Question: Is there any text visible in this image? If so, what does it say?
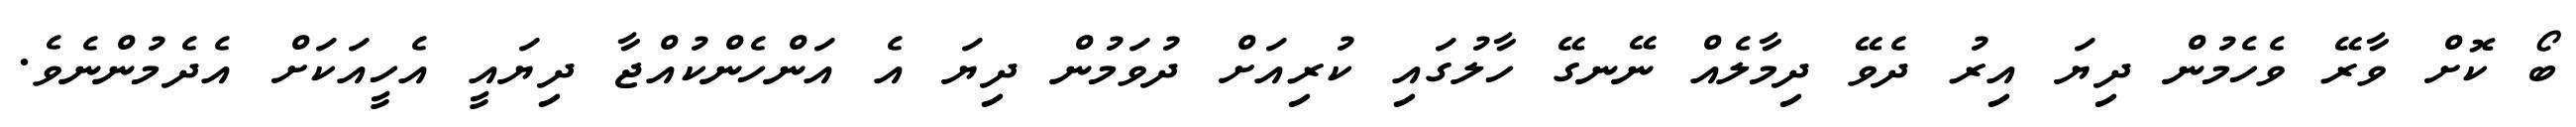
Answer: ބޯ ކޮށް ވާރޭ ވެހެމުން ދިޔަ އިރު ދެވޭ ދިމާލެއް ނޭނގޭ ހާލުގައި ކުރިއަށް ދުވަމުން ދިޔަ އެ އަންހެންކުއްޖާ ދިޔައީ އެހީއަކަށް އެދެމުންނެވެ.